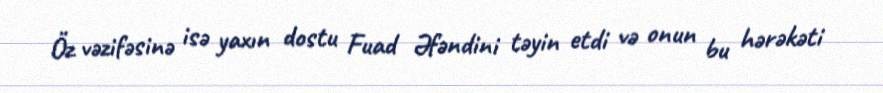
Öz vəzifəsinə isə yaxın dostu Fuad Əfəndini təyin etdi və onun bu hərəkəti